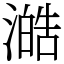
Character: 澔